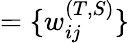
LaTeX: =\{ w_{ij}^{(T,S)}\}